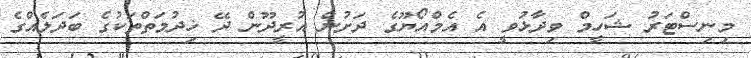
މިނިސްޓަރު ޝަހީމް ވިދާޅުވީ އެ އެމްއޯޔޫގެ ދަށުން އުރީދޫން ދޭ ޚިދުމަތްތަކުގެ ބަދަލެއްގެ